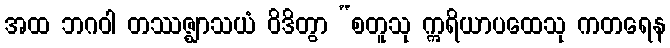
အထ ဘဂဝါ တဿဇ္ဈာသယံ ဝိဒိတွာ “စတူသု ဣရိယာပထေသု ကတရေန